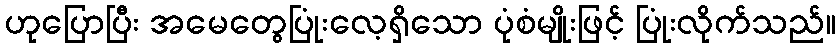
ဟုပြောပြီး အမေတွေပြုံးလေ့ရှိသော ပုံစံမျိုးဖြင့် ပြုံးလိုက်သည်။